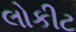
લોકીટ